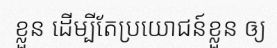
ខ្លួន ដើម្បីតែប្រយោជន៍ខ្លួន ឲ្យ